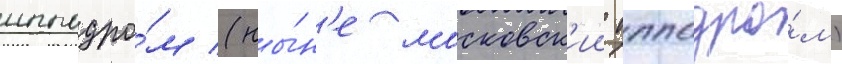
ипподро́м (ны́н'е московск'ии ипподро́м)